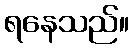
ရနေသည်။